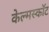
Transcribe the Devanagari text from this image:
केल्मस्काॅट